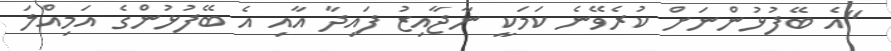
"އެ ބޭފުޅުންނަށް ކުރެވޭނެ ކަމަކީ ނާޖާއިޒު ފައިދާ އާއި އެ ބޭފުޅުންގެ އަމިއްލަ